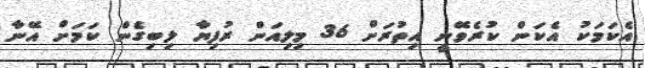
އެކަމަކު އެކަން ކުރެވޭނީ އިތުރަށް 36 މިލިއަން ރުފިޔާ ލިބިގެން ކަމަށް އޭނާ